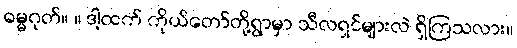
ဓမ္မဂုတ်။ ။ ဒါ့ထက် ကိုယ်တော်တို့ရွာမှာ သီလရှင်များလဲ ရှိကြသလား။